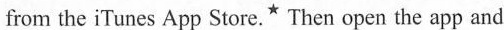
from the iTunes App Store.^{\star } Then open the app and